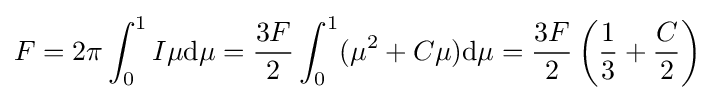
F=2\pi \int _{0}^{1}I\mu \mathrm {d} \mu ={\frac {3F}{2}}\int _{0}^{1}(\mu ^{2}+C\mu )\mathrm {d} \mu ={\frac {3F}{2}}\left({\frac {1}{3}}+{\frac {C}{2}}\right)